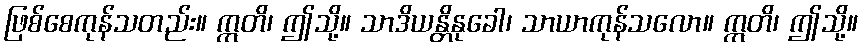
ဖြစ်စေကုန်သတည်း။ ဣတိ၊ ဤသို့။ သာဒိယန္တိနုခေါ၊ သာယာကုန်သလော။ ဣတိ၊ ဤသို့။